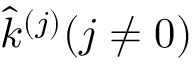
\hat { k } ^ { ( j ) } ( j \neq 0 )